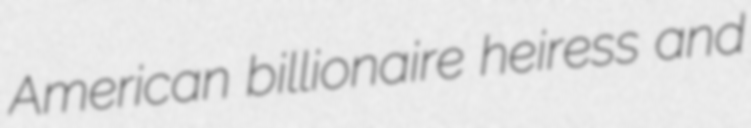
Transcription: American billionaire heiress and